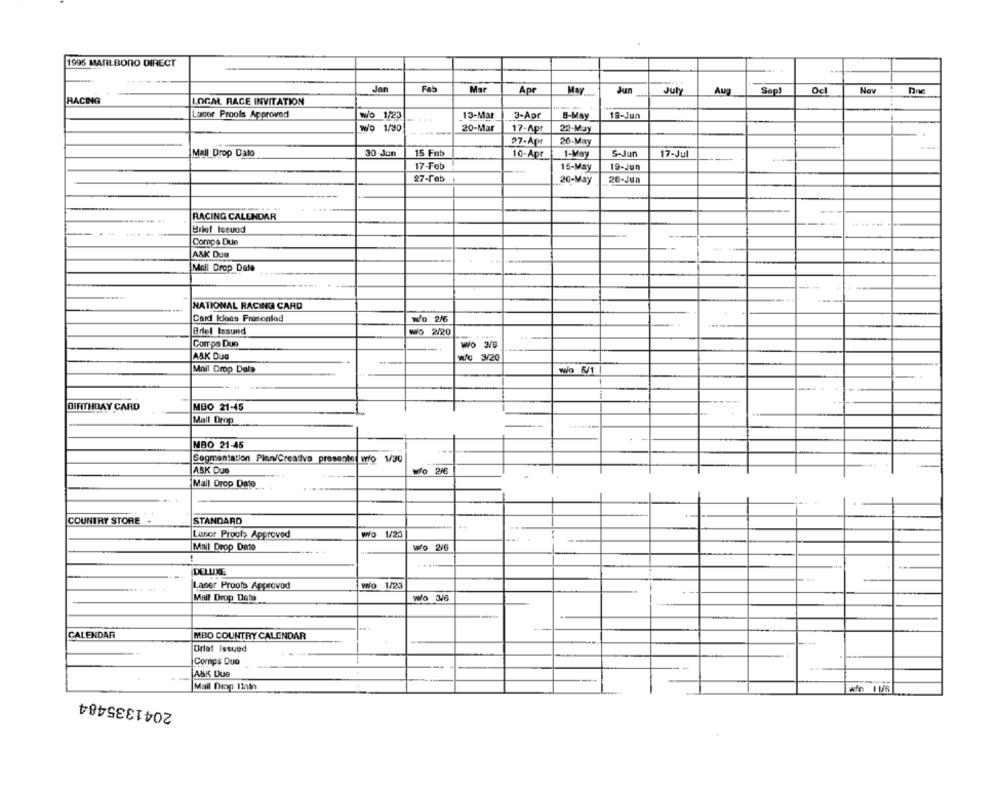
1995 MARLBORO DIRECT
Jon
Fab
Mar
Apr
May
Jun
July
Aug
Sept
Oc
Nav
RACING
LOCAL RACE INVITATION
Laser Proofs Approved
Wo 1/23
...
13-Mar
3-Apr
0-May
19-Jun
Wo 1/30
20-Mar
17-Apr
------
22-May
27-Apr
20-May
Mall Drop Dalo
30-Jan
15 Fnb
10-Apr
1-May
5-Jun
17-Jul
---
17-Feb
15-May
19-Jun
27-Feb
20-May
20-Jun
RACING CALENDAR
Brief Iseuod
-
Compa Due
A&K Due
Mall Drop Date
NATIONAL RACING CARD
Card Ions Prasonlod
Wo 2/6
Bdel Issund
WO 2/20
Corros Due
Wo 3/5
A&K DuG
Wo 3/20
Mail Drop Date
Wo 6/1
BIRTHDAY CARD
MBO 21-45
Mail Drop
MBO 21-45
...
Segmentation Plan/Creativo presente: wro 1/30
--
ASK Dun
do 2
Mall Drop Dato
COUNTRY STORE
STANDARD
Labor Proof> Approved
Wo 1/23
Mall Drop Date
wo 2/6
......
DELUXE
Laser Proofs Approvod
WWo 1/23
Mail Drop Data
Wo 3/6
CALENDAR
MBO COUNTRY CALENDAR
Brief Issued
Comps Duo
A&K Due
Mail Dip Iinin
wo 11/6
2041335484